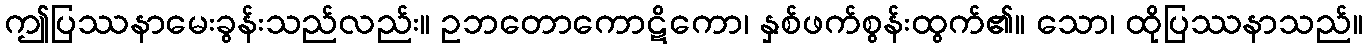
ဤပြဿနာမေးခွန်းသည်လည်း။ ဥဘတောကောဋိကော၊ နှစ်ဖက်စွန်းထွက်၏။ သော၊ ထိုပြဿနာသည်။